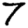
Digit: 7